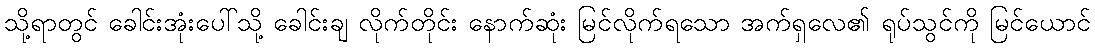
သို့ရာတွင် ခေါင်းအုံးပေါ်သို့ ခေါင်းချ လိုက်တိုင်း နောက်ဆုံး မြင်လိုက်ရသော အက်ရှလေ၏ ရုပ်သွင်ကို မြင်ယောင်